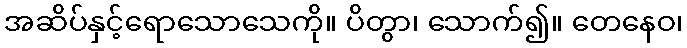
အဆိပ်နှင့်ရောသောသေကို။ ပိတွာ၊ သောက်၍။ တေနေဝ၊